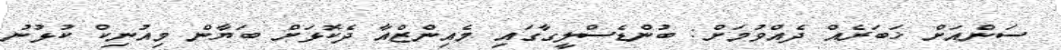
ސަންއަށް ޚަބަރެއް ދެއްވުމަށް: ބުންޑެސްލީގާގައި މެއިންޒްއާ ދެކޮޅަށް ބަޔާން މިއުނިކް ކުޅުނު